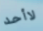
لاأحد